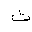
Letter: _tha